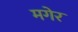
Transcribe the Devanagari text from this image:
मगेर